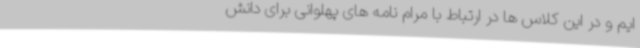
ایم و در این کلاس ها در ارتباط با مرام نامه های پهلوانی برای دانش